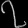
Digit: ၇